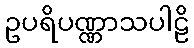
ဥပရိပဏ္ဏာသပါဠိ